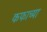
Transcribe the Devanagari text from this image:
कफाच्या